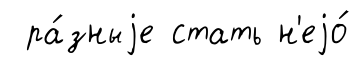
ра́зныjе стать н'еjо́